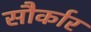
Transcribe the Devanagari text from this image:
सौर्कार